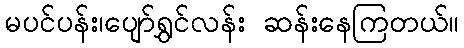
မပင်ပန်း၊ပျော်ရွှင်လန်း ဆန်းနေကြတယ်။